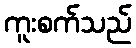
ကူးစက်သည်